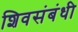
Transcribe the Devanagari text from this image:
शिवसंबंधी